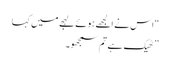
“ اس نے الجھے ہوئے لہجے میں کہا
” ٹھیک ہے تم سمجھو۔